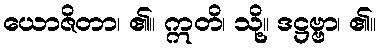
ယောဇိတာ၊ ၏။ ဣတိ၊ သို့။ ဒဋ္ဌဗ္ဗာ၊ ၏။